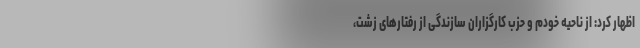
اظهار کرد: از ناحیه خودم و حزب کارگزاران سازندگی از رفتارهای زشت،